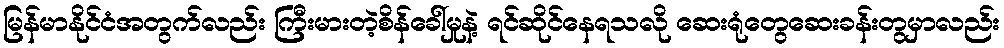
မြန်မာနိုင်ငံအတွက်လည်း ကြီးမားတဲ့စိန်ခေါ်မှုနဲ့ ရင်ဆိုင်နေရသလို ဆေးရုံတွေဆေးခန်းတွမှာလည်း